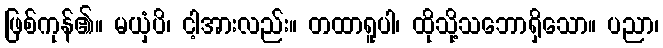
ဖြစ်ကုန်၏။ မယှံပိ၊ ငါ့အားလည်း။ တထာရူပါ၊ ထိုသို့သဘောရှိသော။ ပညာ၊